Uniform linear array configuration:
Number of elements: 32
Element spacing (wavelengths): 0.25
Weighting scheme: uniform
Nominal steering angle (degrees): -60
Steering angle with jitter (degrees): -60.195
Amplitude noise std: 0.05
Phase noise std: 0.05

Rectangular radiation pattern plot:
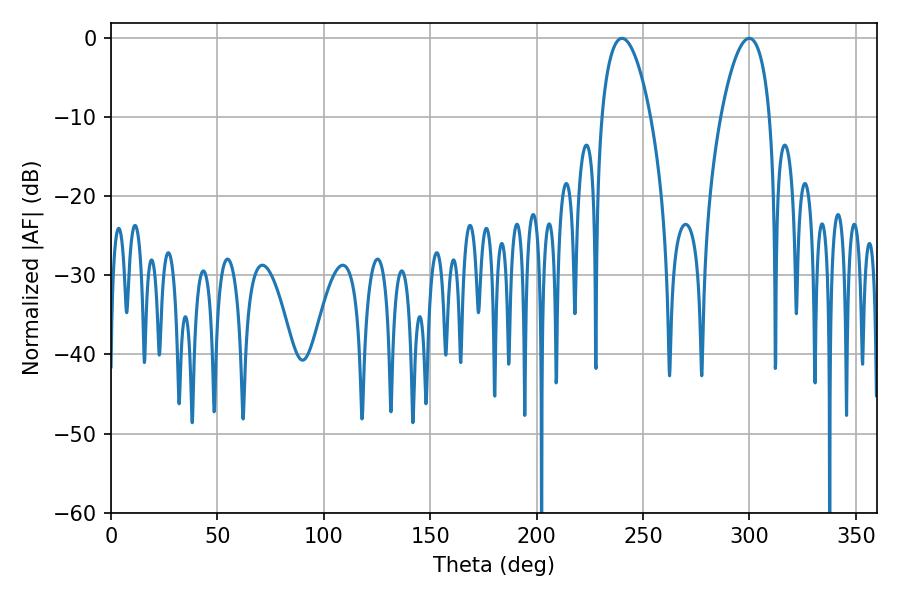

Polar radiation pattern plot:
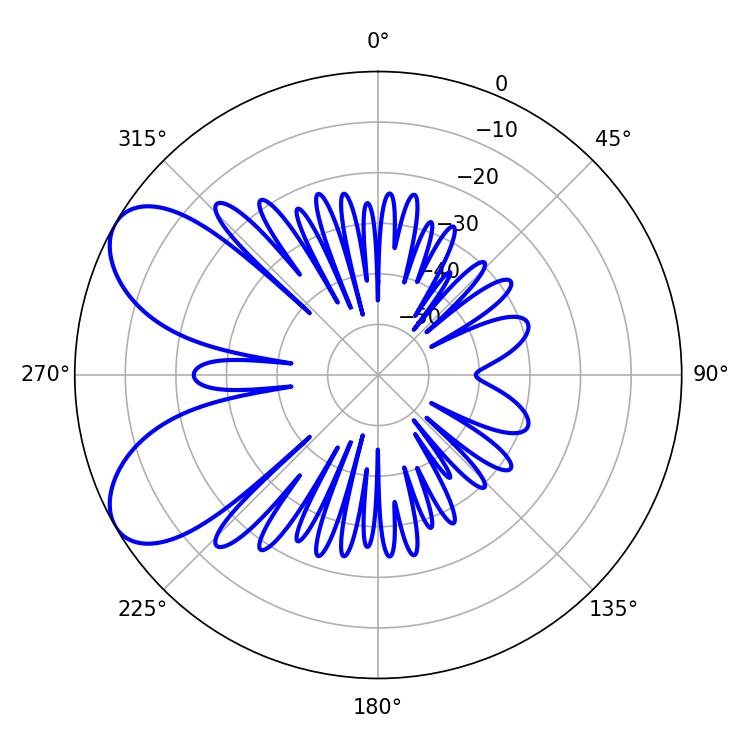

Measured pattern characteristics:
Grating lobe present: FALSE
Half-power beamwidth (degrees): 12.78
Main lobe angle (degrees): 240.12